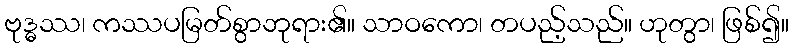
ဗုဒ္ဓဿ၊ ကဿပမြတ်စွာဘုရား၏။ သာဝကော၊ တပည့်သည်။ ဟုတွာ၊ ဖြစ်၍။